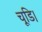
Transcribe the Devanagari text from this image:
चूडि।